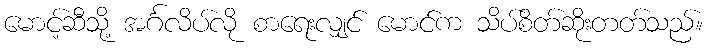
မောင့်ဆီသို့ အင်္ဂလိပ်လို စာရေးလျှင် မောင်က သိပ်စိတ်ဆိုးတတ်သည်။